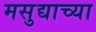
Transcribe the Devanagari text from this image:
मसुद्याच्या